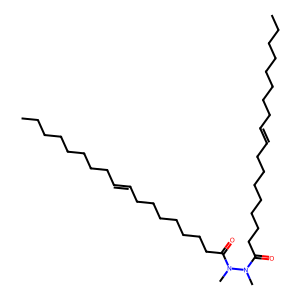
SMILES: CCCCCCCCC=CCCCCCCCC(=O)N(C)N(C)C(=O)CCCCCCCC=CCCCCCCCC
Inhibits HIV replication: No